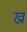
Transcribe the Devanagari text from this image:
ख्र